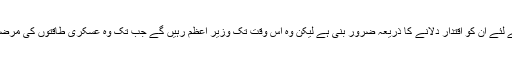
3) ان کا خیال ہے کہ پارلیمنٹ دکھاوےکے لئے ان کو اقتدار دلانے کا ذریعہ ضرور بنی ہے لیکن وہ اس وقت تک وزیر اعظم رہیں گے جب تک وہ عسکری طاقتوں کی مرضی و منشا کے مطابق کام کرتے رہیں گے۔